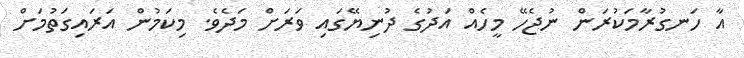
އާ ހަނގުރާމަކުރަން ނުޖެހޭ މީހެއް އަދުގެ ދުނިޔޭގައި ވަރަށް މަދެވެ. މިކަމުން އަރައިގަތުމަށް